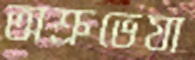
অশ্রুভেযা